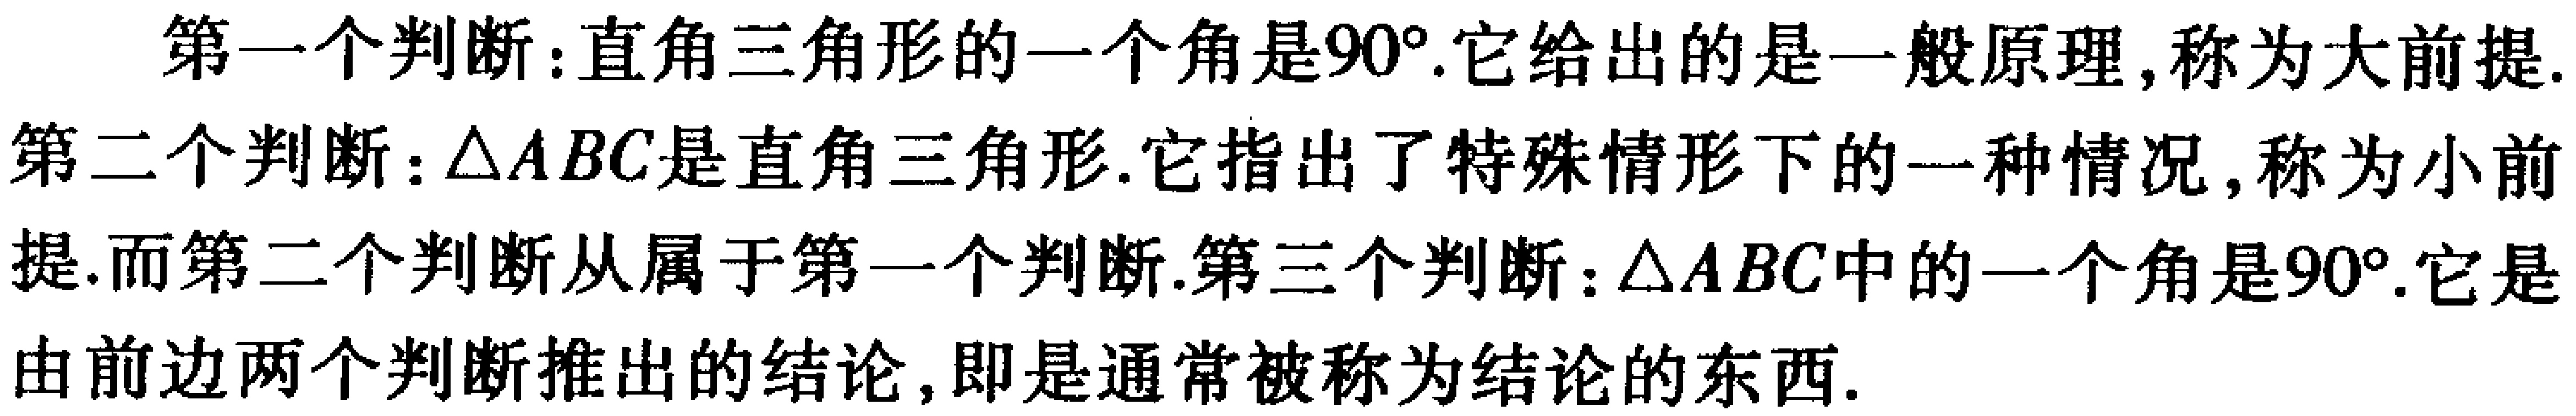
第一个判断：直角三角形的一个角是\(90^{\circ}\).它给出的是一般原理, 称为大前提.

第二个判断：\(\triangle ABC\)是直角三角形.它指出了特殊情形下的一种情况, 称为小前提.而第二个判断从属于第一个判断.第三个判断：\(\triangle ABC\)中的一个角是\(90^{\circ}\).它是由前边两个判断推出的结论, 即是通常被称为结论的东西.